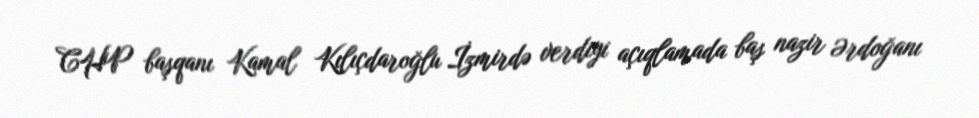
CHP başqanı Kamal Kılıçdaroğlu İzmirdə verdiyi açıqlamada baş nazir Ərdoğanı